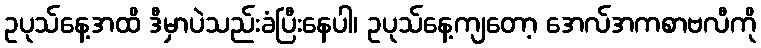
ဥပုသ်နေ့အထိ ဒီမှာပဲသည်းခံပြီးနေပါ၊ ဥပုသ်နေ့ကျတော့ အေလ်အကစာဗလီကို